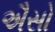
ઐસો